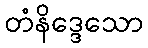
တံနိဒ္ဒေသော